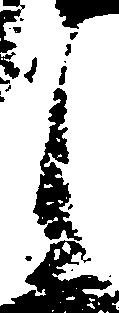
之